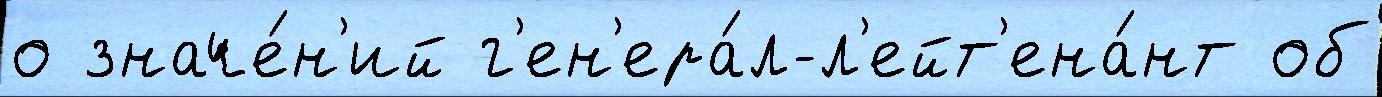
о значе́н'ий г'ен'ера́л-л'ейт'ена́нт об